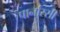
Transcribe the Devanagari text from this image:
पार्नास्सी